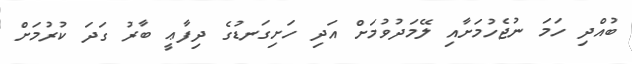
ބުއްދި ހަމަ ނުޖެހުމަށާއި ލޭމަދުވުމަށް އަދި ހަށިގަނޑުގެ ދިފާޢީ ބާރު ގަދަ ކުރުމަށް